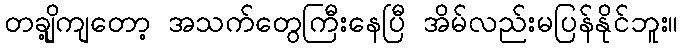
တချို့ကျတော့ အသက်တွေကြီးနေပြီ အိမ်လည်းမပြန်နိုင်ဘူး။